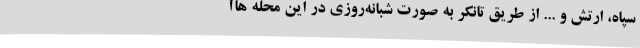
سپاه، ارتش و ... از طریق تانکر به صورت شبانه‌روزی در این محله هاآ